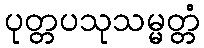
ပုတ္တပသုသမ္မတ္တံ